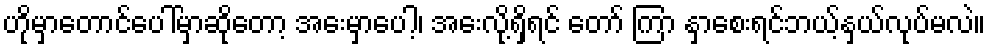
ဟိုမှာတောင်ပေါ်မှာဆိုတော့ အေးမှာပေါ့၊ အေးလို့ရှိရင် တော် ကြာ နှာစေးရင်ဘယ့်နှယ်လုပ်မလဲ။